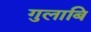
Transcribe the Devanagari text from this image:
गुलाबि